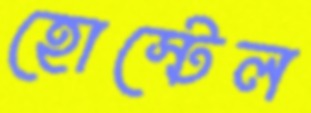
হোস্টেল